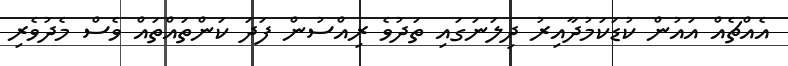
އެއްޗެއް އައުން ކުޑަކަމުދާއިރު ދިލަނަގައި ތަދުވެ ރިއްސުން ފަދަ ކަންތައްތައް ވެސް މެދުވެރި